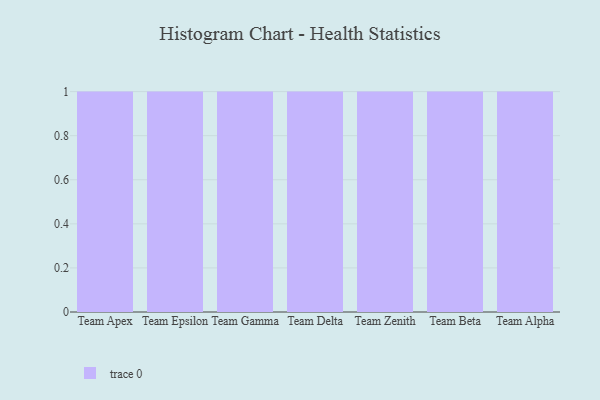
{"axis": {"x": "Team", "y": "Market Share (%)"}, "legend": [""], "data": [{"x": "Team Apex", "y": 23, "type": ""}, {"x": "Team Epsilon", "y": 68, "type": ""}, {"x": "Team Gamma", "y": 58, "type": ""}, {"x": "Team Delta", "y": 99, "type": ""}, {"x": "Team Zenith", "y": 92, "type": ""}, {"x": "Team Beta", "y": 94, "type": ""}, {"x": "Team Alpha", "y": 22, "type": ""}]}